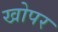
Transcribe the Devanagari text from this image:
खोपर